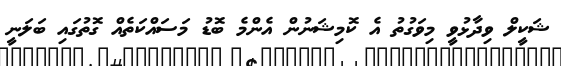
ޝަކީލް ވިދާޅުވީ މިވަގުތު އެ ކޮމިޝަނުން އެންމެ ބޮޑު މަސައްކަތެއް ގޮތުގައި ބަލަނީ